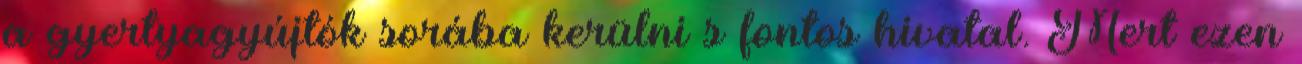
a gyertyagyújtók sorába kerülni s fontos hivatal. Mert ezen